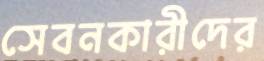
সেবনকারীদের